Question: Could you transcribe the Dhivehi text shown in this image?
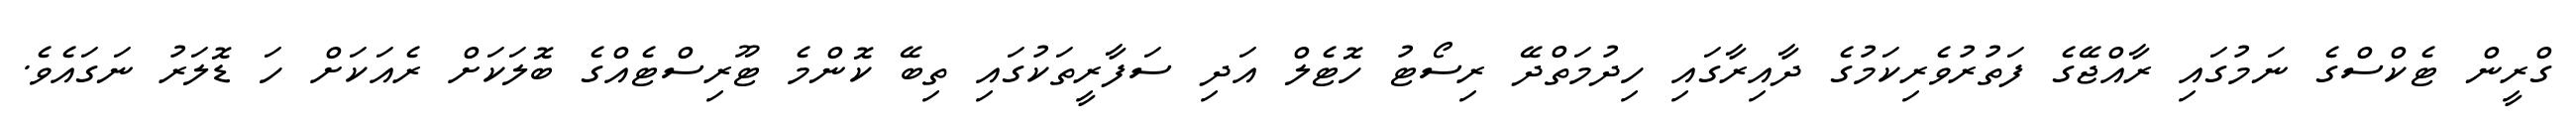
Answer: ގްރީން ޓެކްސްގެ ނަމުގައި ރާއްޖޭގެ ފަތުރުވެރިކަމުގެ ދާއިރާގައި ހިދުމަތްދޭ ރިސޯޓު ހޮޓެލް އަދި ސަފާރީތަކުގައި ތިބޭ ކޮންމެ ޓޫރިސްޓެއްގެ ބޮލަކަށް ރެއަކަށް ހަ ޑޮލަރު ނަގައެވެ.